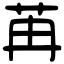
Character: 苒